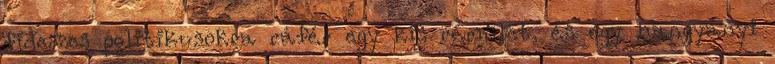
fideszes politikusokra ráfér egy kis rémület, és egy hangyányi